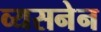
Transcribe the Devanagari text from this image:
व्यसनेन